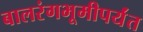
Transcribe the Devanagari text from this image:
बालरंगभूमीपर्यंत